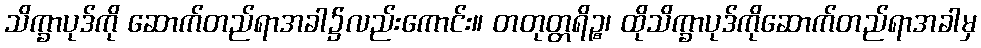
သိက္ခာပုဒ်ကို ဆောက်တည်ရာအခါ၌လည်းကောင်း။ တတုတ္တရိဉ္စ၊ ထိုသိက္ခာပုဒ်ကိုဆောက်တည်ရာအခါမှ